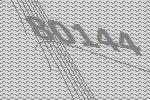
80144